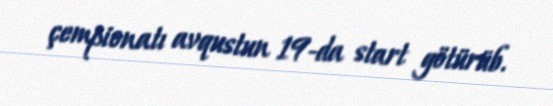
çempionatı avqustun 19-da start götürüb.